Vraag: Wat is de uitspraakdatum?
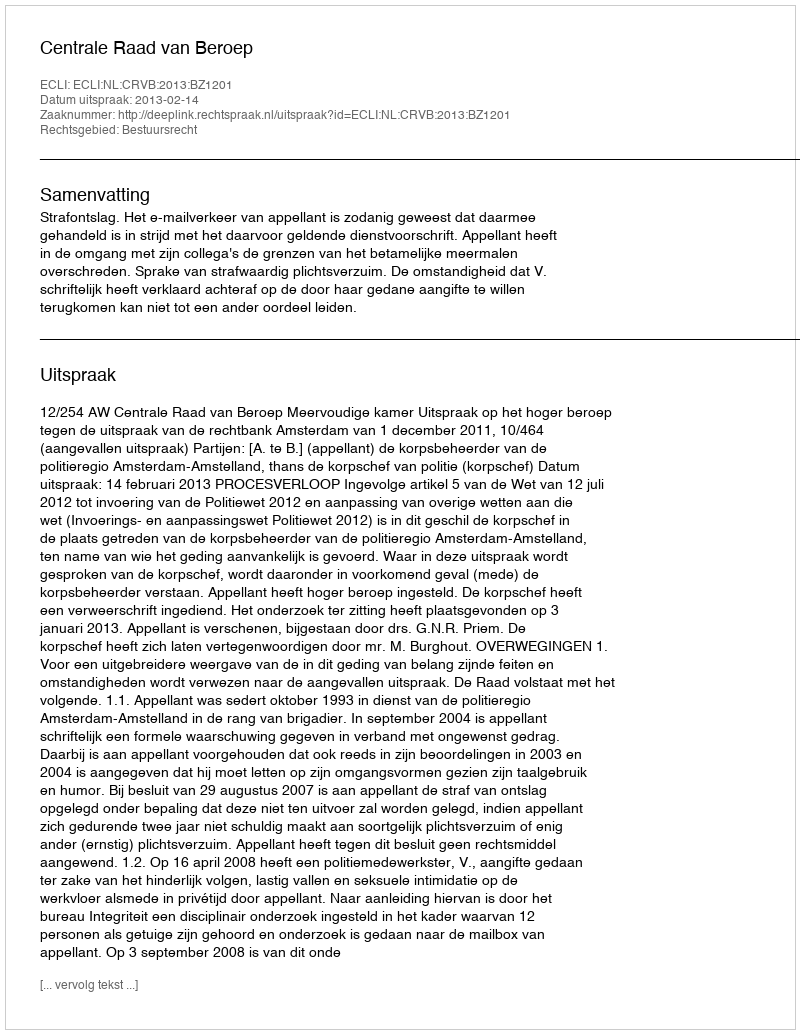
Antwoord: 2013-02-14